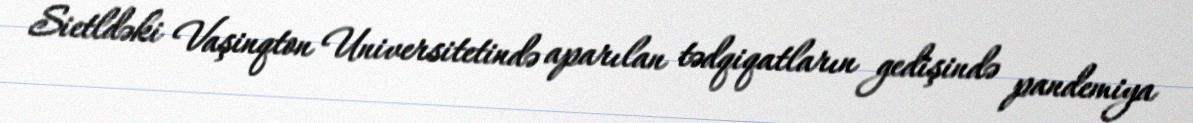
Sietldəki Vaşinqton Universitetində aparılan tədqiqatların gedişində pandemiya